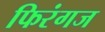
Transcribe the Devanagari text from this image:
फिरंगज